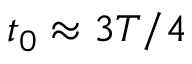
t _ { 0 } \approx 3 T / 4